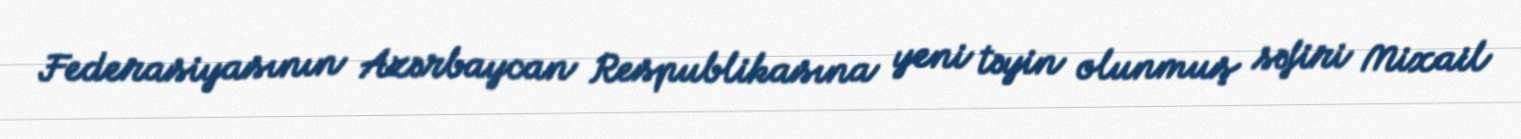
Federasiyasının Azərbaycan Respublikasına yeni təyin olunmuş səfiri Mixail